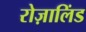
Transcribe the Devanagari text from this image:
रोज़ालिंड